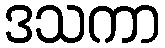
ဒသကာ